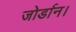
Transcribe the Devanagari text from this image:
जोर्डान।